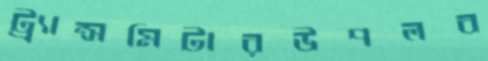
ট্র্যান্সমিটারউপলব